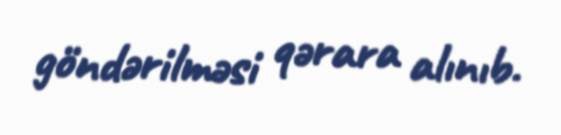
göndərilməsi qərara alınıb.